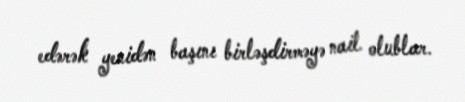
edərək yenidən başını birləşdirməyə nail olublar.